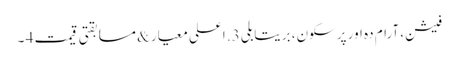
فیشن، آرام دہ اور پرسکون، بریتابلی 3. اعلی معیار & مسابقتی قیمت 4 ۔